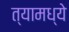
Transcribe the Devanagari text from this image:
त्‍यामध्‍ये